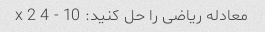
معادله ریاضی را حل کنید: 10 - 4 x 2